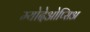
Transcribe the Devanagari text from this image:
म्योदेओप्सिअ